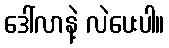
ဒေါ်လာနဲ့ လဲပေးပါ။